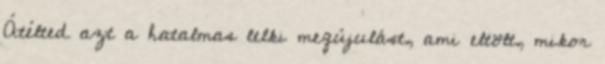
Átélted azt a hatalmas lelki megújulást, ami eltölt, mikor